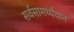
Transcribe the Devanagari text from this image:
सर्वसामर्थ्यवान